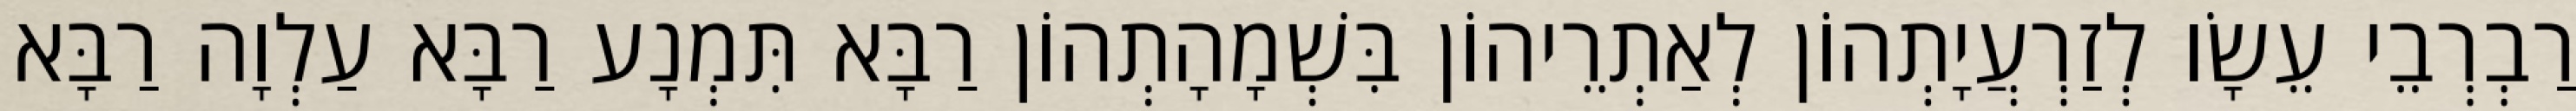
רַבְרְבֵי עֵשָׂו לְזַרְעֲיָתְהוֹן לְאַתְרֵיהוֹן בִּשְׁמָהָתְהוֹן רַבָּא תִּמְנָע רַבָּא עַלְוָה רַבָּא